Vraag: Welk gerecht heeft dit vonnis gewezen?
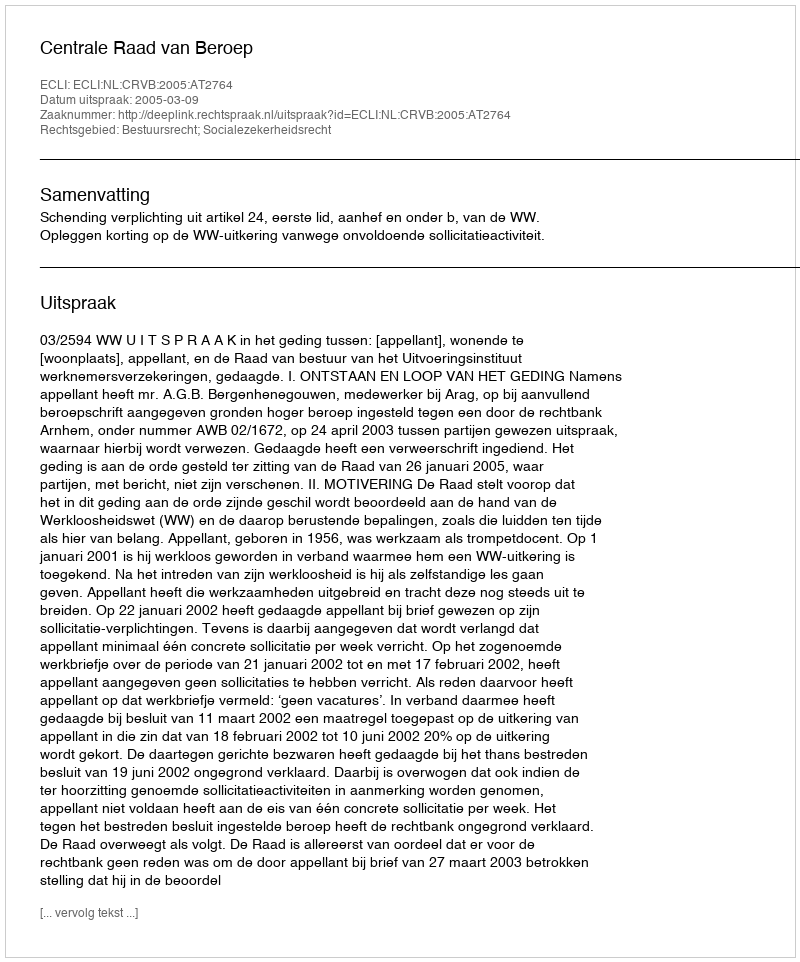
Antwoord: Centrale Raad van Beroep